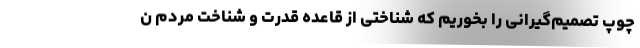
چوپ تصمیم‌گیرانی را بخوریم که شناختی از قاعده قدرت و شناخت مردم ن